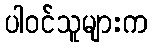
ပါဝင်သူများက